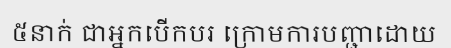
៥នាក់ ជាអ្នកបើកបរ ក្រោមការបញ្ជាដោយ